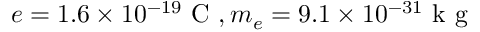
e = 1 . 6 \times 1 0 ^ { - 1 9 } \mathrm { ~ C ~ } , m _ { e } = 9 . 1 \times 1 0 ^ { - 3 1 } \mathrm { ~ k ~ g ~ }